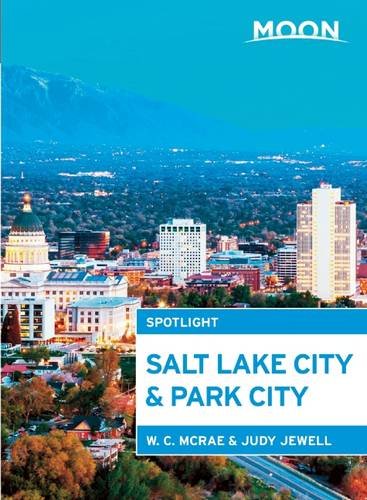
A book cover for Moon Spotlight Salt Lake City & Park City; W. C. McRae; Travel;